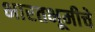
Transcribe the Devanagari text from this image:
भारतभूमीचे